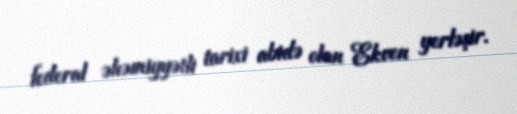
federal əhəmiyyətli tarixi abidə olan Ekven yerləşir.